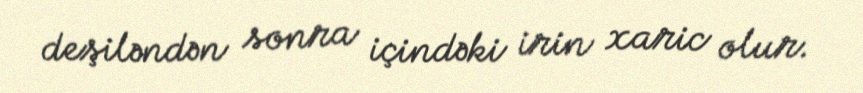
deşiləndən sonra içindəki irin xaric olur.